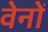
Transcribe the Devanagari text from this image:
वेनों